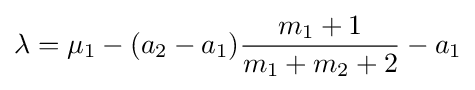
\lambda =\mu _{1}-(a_{2}-a_{1}){\frac {m_{1}+1}{m_{1}+m_{2}+2}}-a_{1}